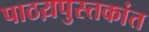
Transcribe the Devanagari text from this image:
पाठय़पुस्तकांत